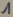
Text: 1